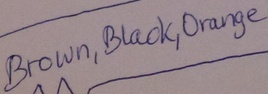
Text: Brown,Black,Orange